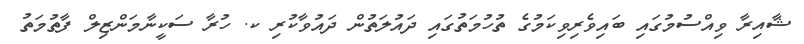
ޝާއިރާ ވިއްސުމުގައި ބައިވެރިވިކަމުގެ ތުހުމަތުގައި ދައުލަތުން ދައުވާކުރި ކ. ހުރާ ސަކީނާމަންޒިލް ފާތުމަތު